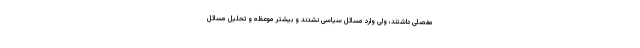
مفصلى داشتند، ولى وارد مسائل سیاسى نشدند و بیشتر موعظه و تحلیل مسائل